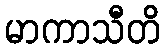
မာကာသီတိ